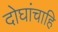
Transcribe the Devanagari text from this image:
दोघांचाहि